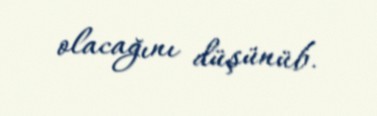
olacağını düşünüb.